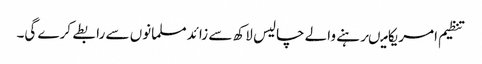
تنظیم امریکامیںرہنے والے چالیس لاکھ سے زائدمسلمانوں سے رابطے کرے گی۔